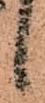
候